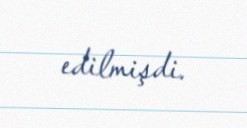
edilmişdi.